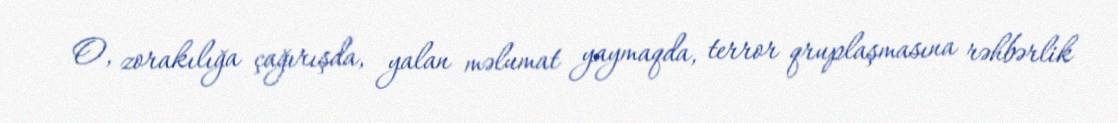
O, zorakılığa çağırışda, yalan məlumat yaymaqda, terror qruplaşmasına rəhbərlik